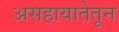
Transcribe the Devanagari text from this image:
असहायातेतून